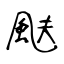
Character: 颫